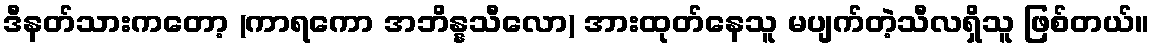
ဒီနတ်သားကတော့ (ကာရကော အဘိန္နသီလော) အားထုတ်နေသူ မပျက်တဲ့သီလရှိသူ ဖြစ်တယ်။